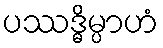
ပဿဒ္ဓိမ္ပာဟံ